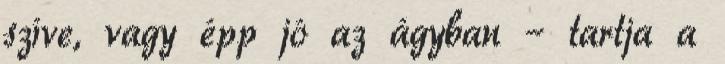
szíve, vagy épp jó az ágyban – tartja a